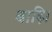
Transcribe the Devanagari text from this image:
बाढ़ि।